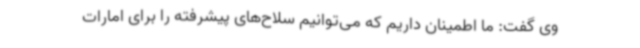
وی گفت: ما اطمینان داریم که می‌توانیم سلاح‌های پیشرفته را برای امارات